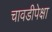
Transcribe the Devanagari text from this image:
चावडीपेक्षा